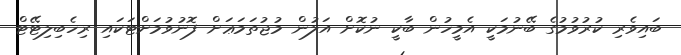
ބައިވެރި ކުރުވުމުގެ ބޭނުމަކީ އެމީހުން ބާކީ ނުކޮށް އަލުން މުޖުތަމަޢަށް ފޮނުވުމަށްޓަކައި ރިހެބިލިޓޭޓް